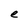
Character: e